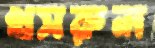
খসরুল